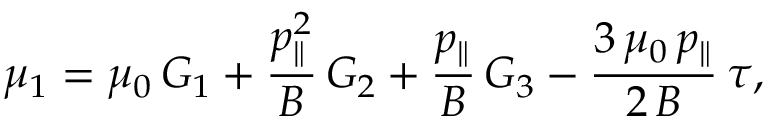
\mu _ { 1 } = \mu _ { 0 } \, G _ { 1 } + \frac { p _ { \parallel } ^ { 2 } } { B } \, G _ { 2 } + \frac { p _ { \parallel } } { B } \, G _ { 3 } - \frac { 3 \, \mu _ { 0 } \, p _ { \parallel } } { 2 \, B } \, \tau ,